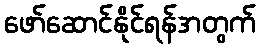
ဖော်ဆောင်နိုင်ရန်အတွက်